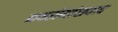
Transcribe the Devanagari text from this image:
नवरोमांसवाद